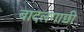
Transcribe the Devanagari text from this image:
बादलगाछी